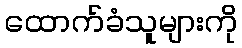
ထောက်ခံသူများကို